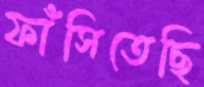
ফাঁসিতেছি